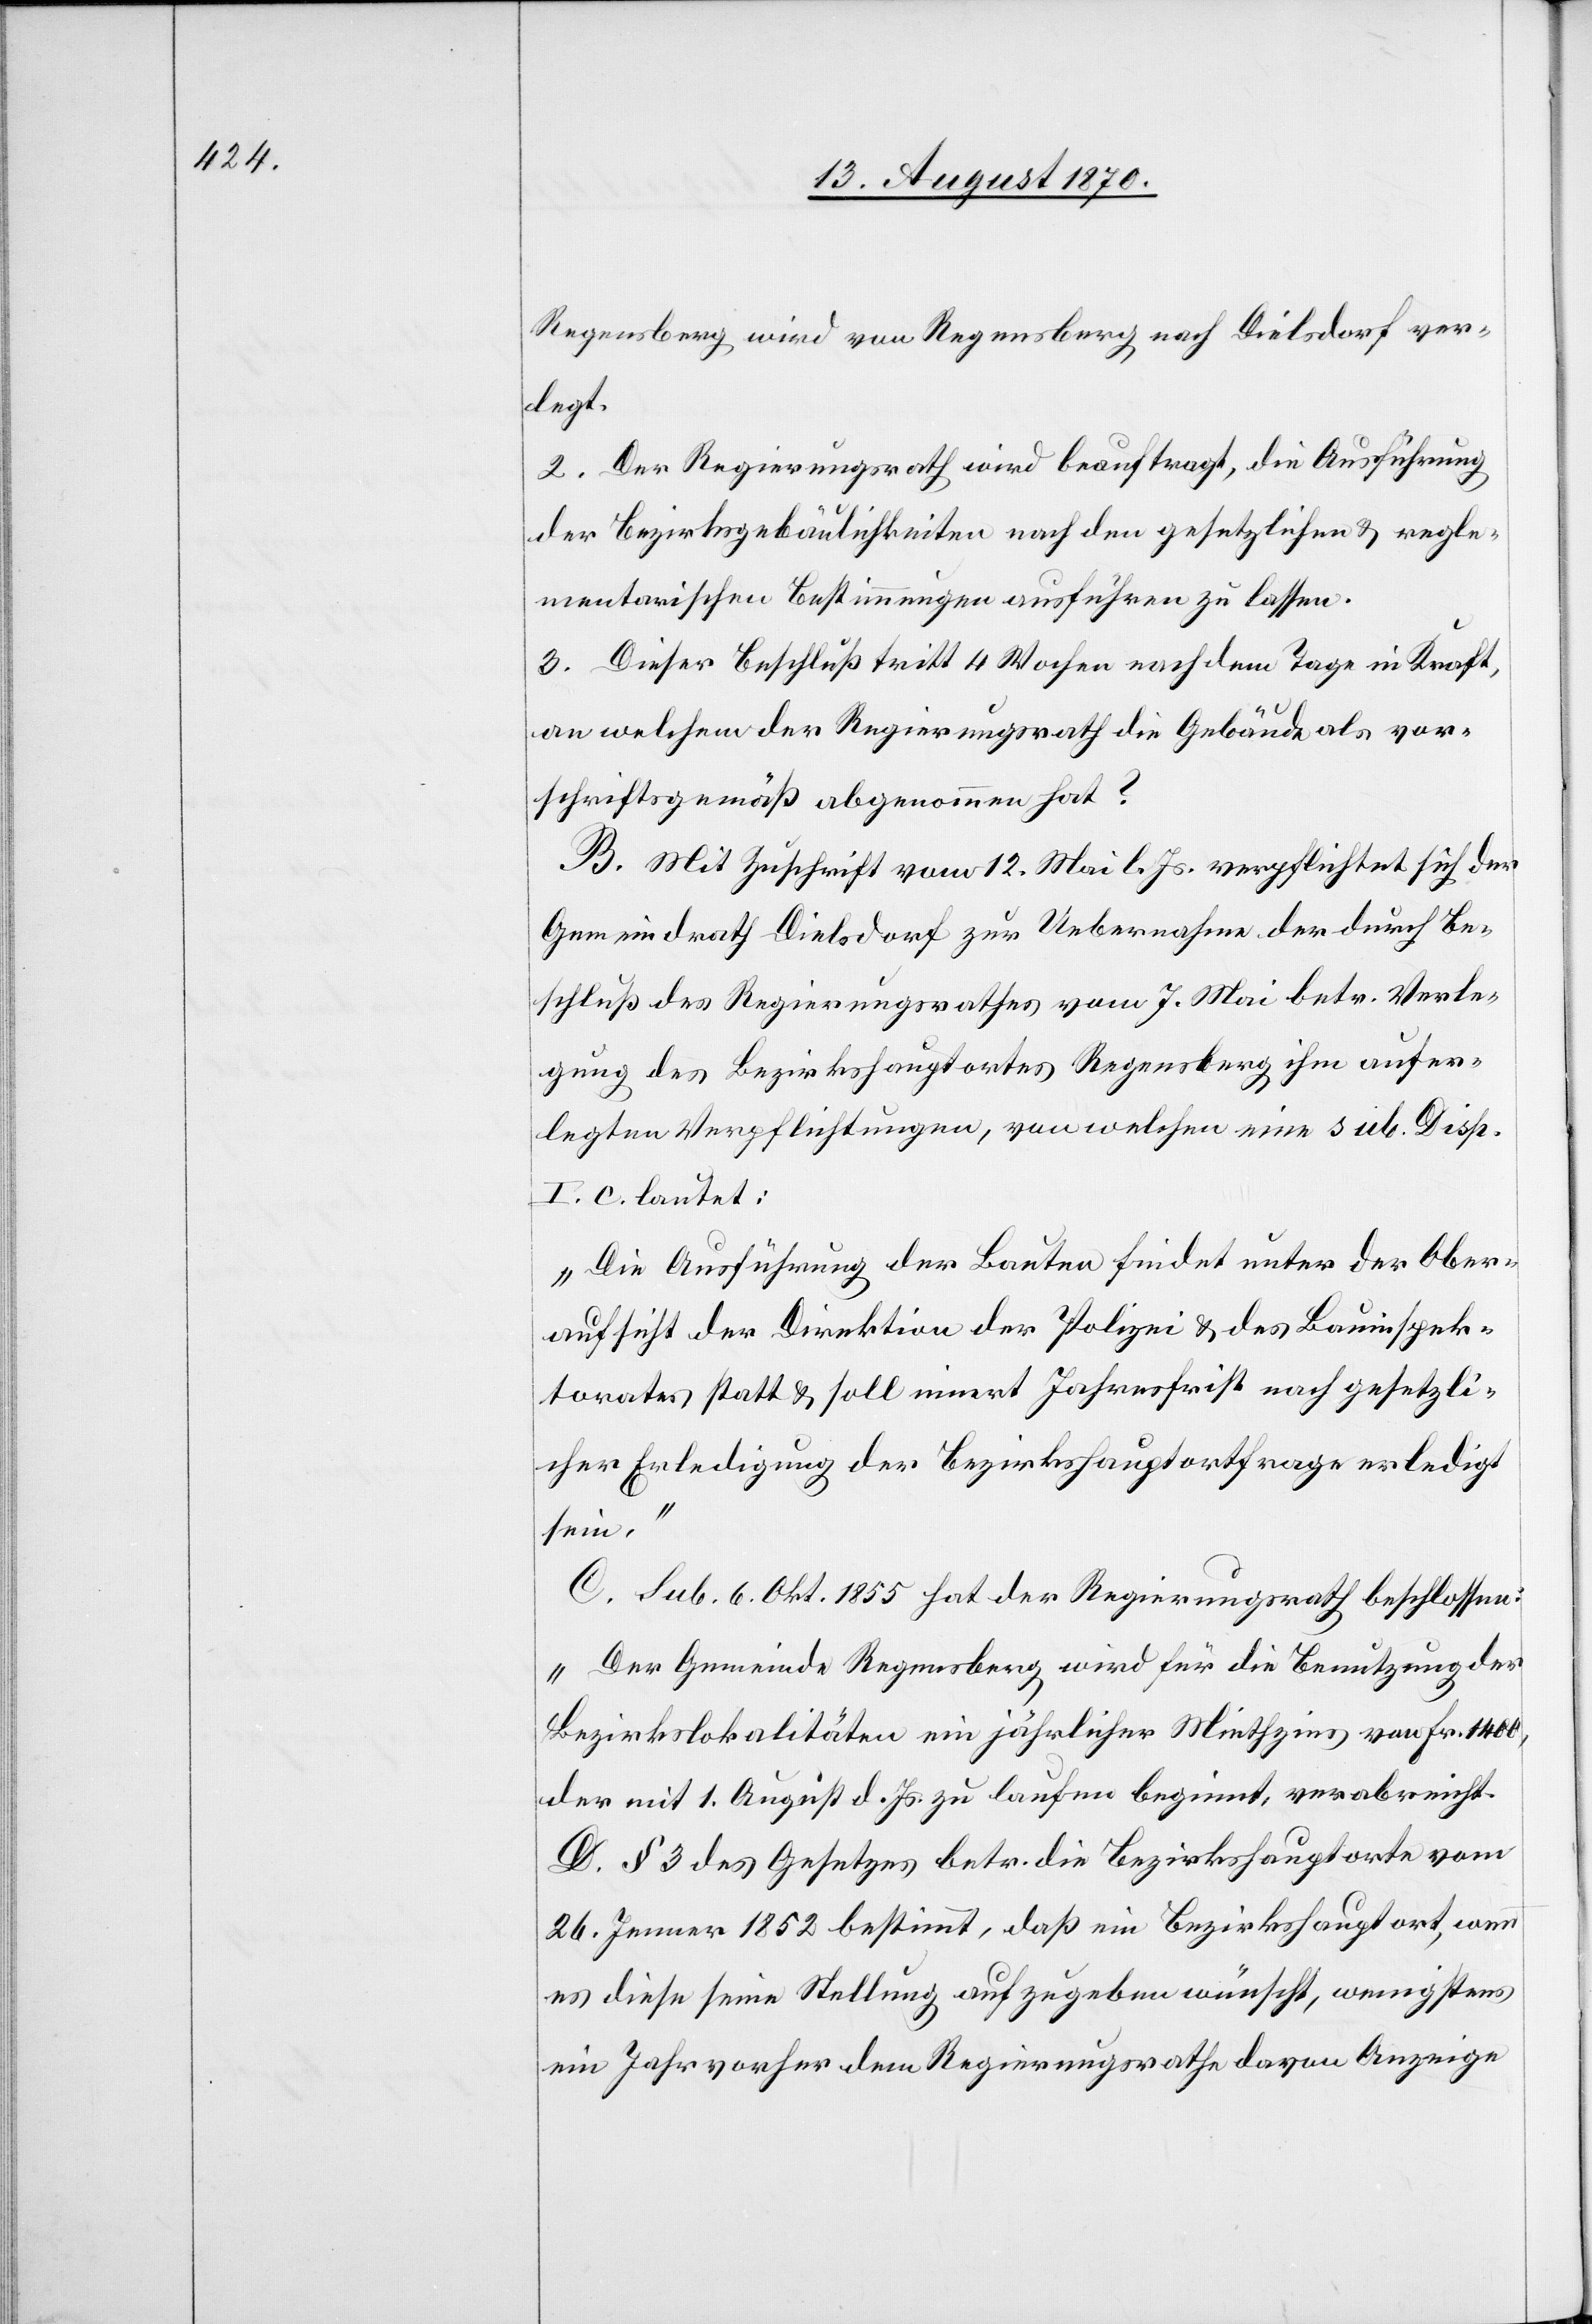
Regensberg wird von Regensberg nach Dielsdorf ver¬
legt.
2. Der Regierungsrath wird beauftragt, die Ausführung
der Bezirksgebäulichkeiten nach den gesetzlichen & regle¬
mentarischen Bestimmungen ausführen zu lassen.
3. Dieser Beschluß tritt 4 Wochen nach dem Tage in Kraft,
an welchem der Regierungsrath die Gebäude als vor¬
schriftsgemäß abgenommen hat?
B. Mit Zuschrift vom 12. Mai l. Js. verpflichtet sich der
Gemeindrath Dielsdorf zur Uebernahme der durch Be¬
schluß des Regierungsrathes vom 7. Mai betr. Verle¬
gung des Bezirkshauptortes Regensberg ihm aufer¬
legten Verpflichtungen, von welchen eine sub. Disp.
I. c. lautet:
„Die Ausführung der Bauten findet unter der Ober¬
aufsicht der Direktion der Polizei & des Bauinspek¬
torates statt & solle innert Jahresfrist nach gesetzli¬
cher Erledigung der Bezirkshauptortfrage erledigt
sein.“
C. Sub. 6. Okt. 1855 hat der Regierungsrath beschlossen:
„Der Gemeinde Regensberg wird für die Benutzung der
Bezirkslokalitäten ein jährlicher Miethzins von Fr. 1400,
der mit 1. August d. Js. zu laufen beginnt, verabreicht.“
D. § 3 des Gesetzes betr. die Bezirkshauptorte vom
26. Jenner 1852 bestimmt, daß ein Bezirkshauptort, wenn
es diese seine Stellung aufzugeben wünscht, wenigstens
ein Jahr vorher dem Regierungsrathe davon Anzeige